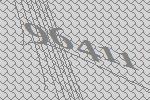
96411